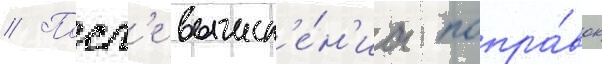
// Посл'е вычисл'е́н'иа попра́вок